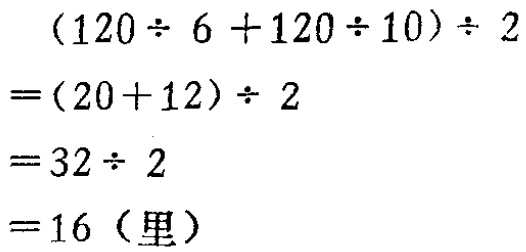
\[

\begin{align*}

&(120\div 6 + 120\div 10)\div 2\\

=&(20 + 12)\div 2\\

=&32\div 2\\

=&16 (\text{里})

\end{align*}

\]